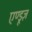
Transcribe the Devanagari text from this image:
एण्ड्रूज़